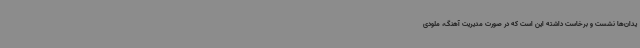
یدان‌ها نشست و برخاست داشته این است که در صورت مدیریت آهنگ، ملودی